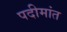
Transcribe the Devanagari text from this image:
पदीमांत